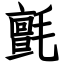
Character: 氈